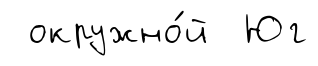
окружно́й Юг